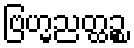
ဗြဟ္မညတ္ထဉ္စ